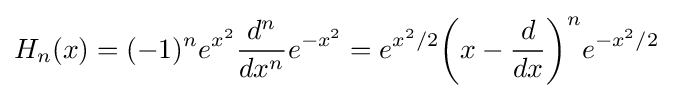
H_{n}(x)=(-1)^{n}e^{x^{2}}{\frac {d^{n}}{dx^{n}}}e^{-x^{2}}=e^{x^{2}/2}{\bigg (}x-{\frac {d}{dx}}{\bigg )}^{n}e^{-x^{2}/2}